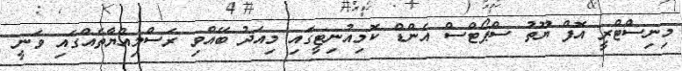
މިނިސްޓްރީ އޮފް ޔޫތު ސްޕޯޓްސް އެންޑް ކޮމިއުނިޓީގައި މިއަދު ބޭއްވި ރަސްމިއްޔާތެއްގައި ވަނީ